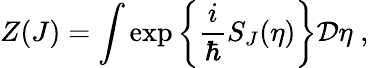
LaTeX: Z(J)=\int\exp\left\{ \frac{i}{\hbar}S_{J}(\eta)\right\} {\mathbf{\cal D}}\eta\; ,